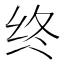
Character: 终